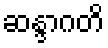
ဆန္ဒာဂတိ